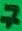
Text: 7